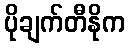
ပိုချက်တီနိုက